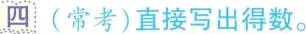
四 (常考)直接写出得数。